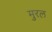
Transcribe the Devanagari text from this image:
मुरल